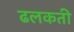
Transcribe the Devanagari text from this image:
ढलकती